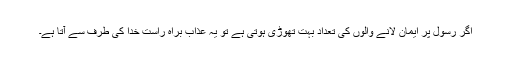
اگر رسول پر ایمان لانے والوں کی تعداد بہت تھوڑی ہوتی ہے تو یہ عذاب براہ راست خدا کی طرف سے آتا ہے۔